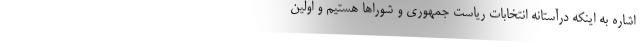
اشاره به اینکه درآستانه انتخابات ریاست جمهوری و شوراها هستیم و اولین